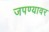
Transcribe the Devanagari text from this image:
जपण्यावर